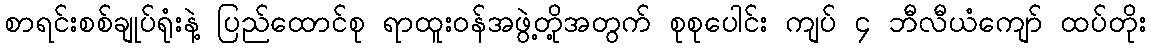
စာရင်းစစ်ချုပ်ရုံးနဲ့ ပြည်ထောင်စု ရာထူးဝန်အဖွဲ့တို့အတွက် စုစုပေါင်း ကျပ် ၄ ဘီလီယံကျော် ထပ်တိုး